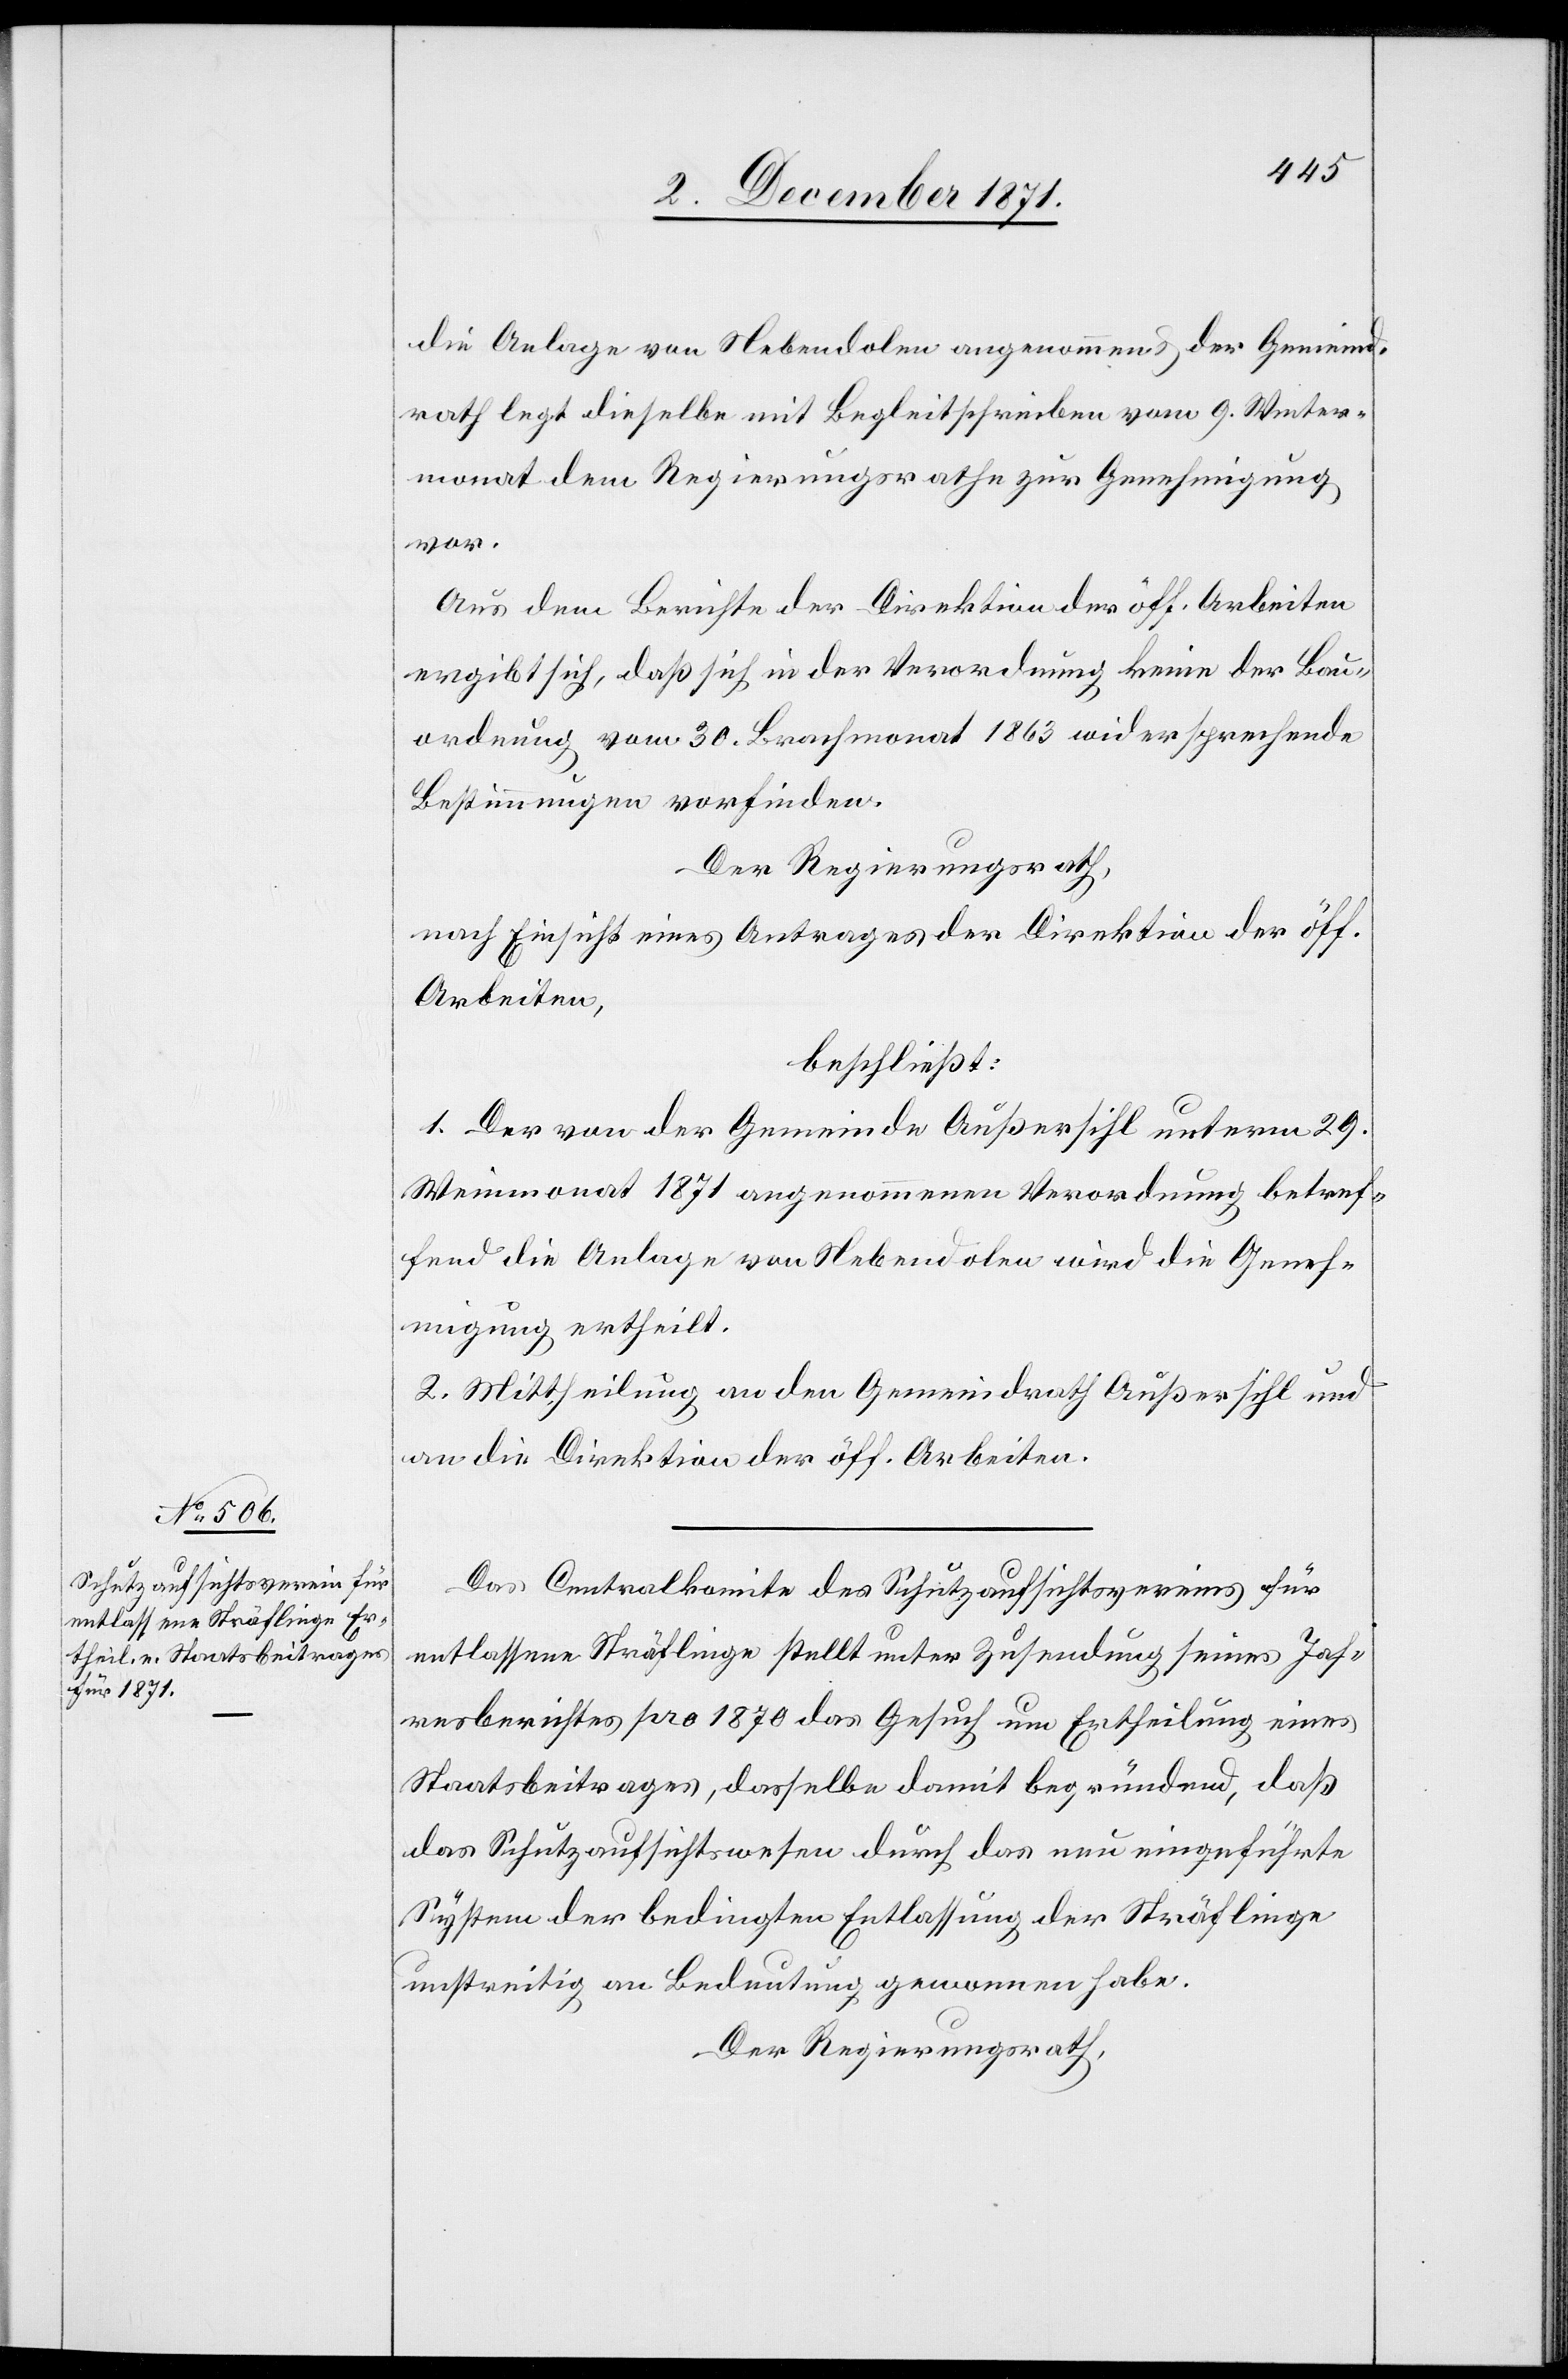
die Anlage von Nebendolen angenommen & der Gemeind¬
rath legt dieselbe mit Begleitschreiben vom 9. Winter¬
monat dem Regierungsrathe zur Genehmigung
vor.
Aus dem Berichte der Direktion der öff. Arbeiten
ergibt sich, daß sich in der Verordnung keine der Bau¬
ordnung vom 30. Brachmonat 1863 widersprechende
Bestimmungen vorfinden.
Der Regierungsrath,
nach Einsicht eines Antrages der Direktion der öff.
Arbeiten,
beschließt:
1. Der von der Gemeinde Außersihl unterm 29.
Weinmonat 1871 angenommenen Verordnung betref¬
fend die Anlage von Nebendolen wird die Geneh¬
migung ertheilt.
2. Mittheilung an den Gemeindrath Außersihl und
an die Direktion der öff. Arbeiten.
Das Centralkomite des Schutzaufsichtsvereins für
entlassene Sträflinge stellt unter Zusendung seines Jah¬
resberichtes pro 1870 das Gesuch um Ertheilung eines
Staatsbeitrages, dasselbe damit begründend, daß
das Schutzaufsichtswesen durch das neu eingeführte
System der bedingten Entlassung der Sträflinge
unstreitig an Bedeutung gewonnen habe.
Der Regierungsrath,